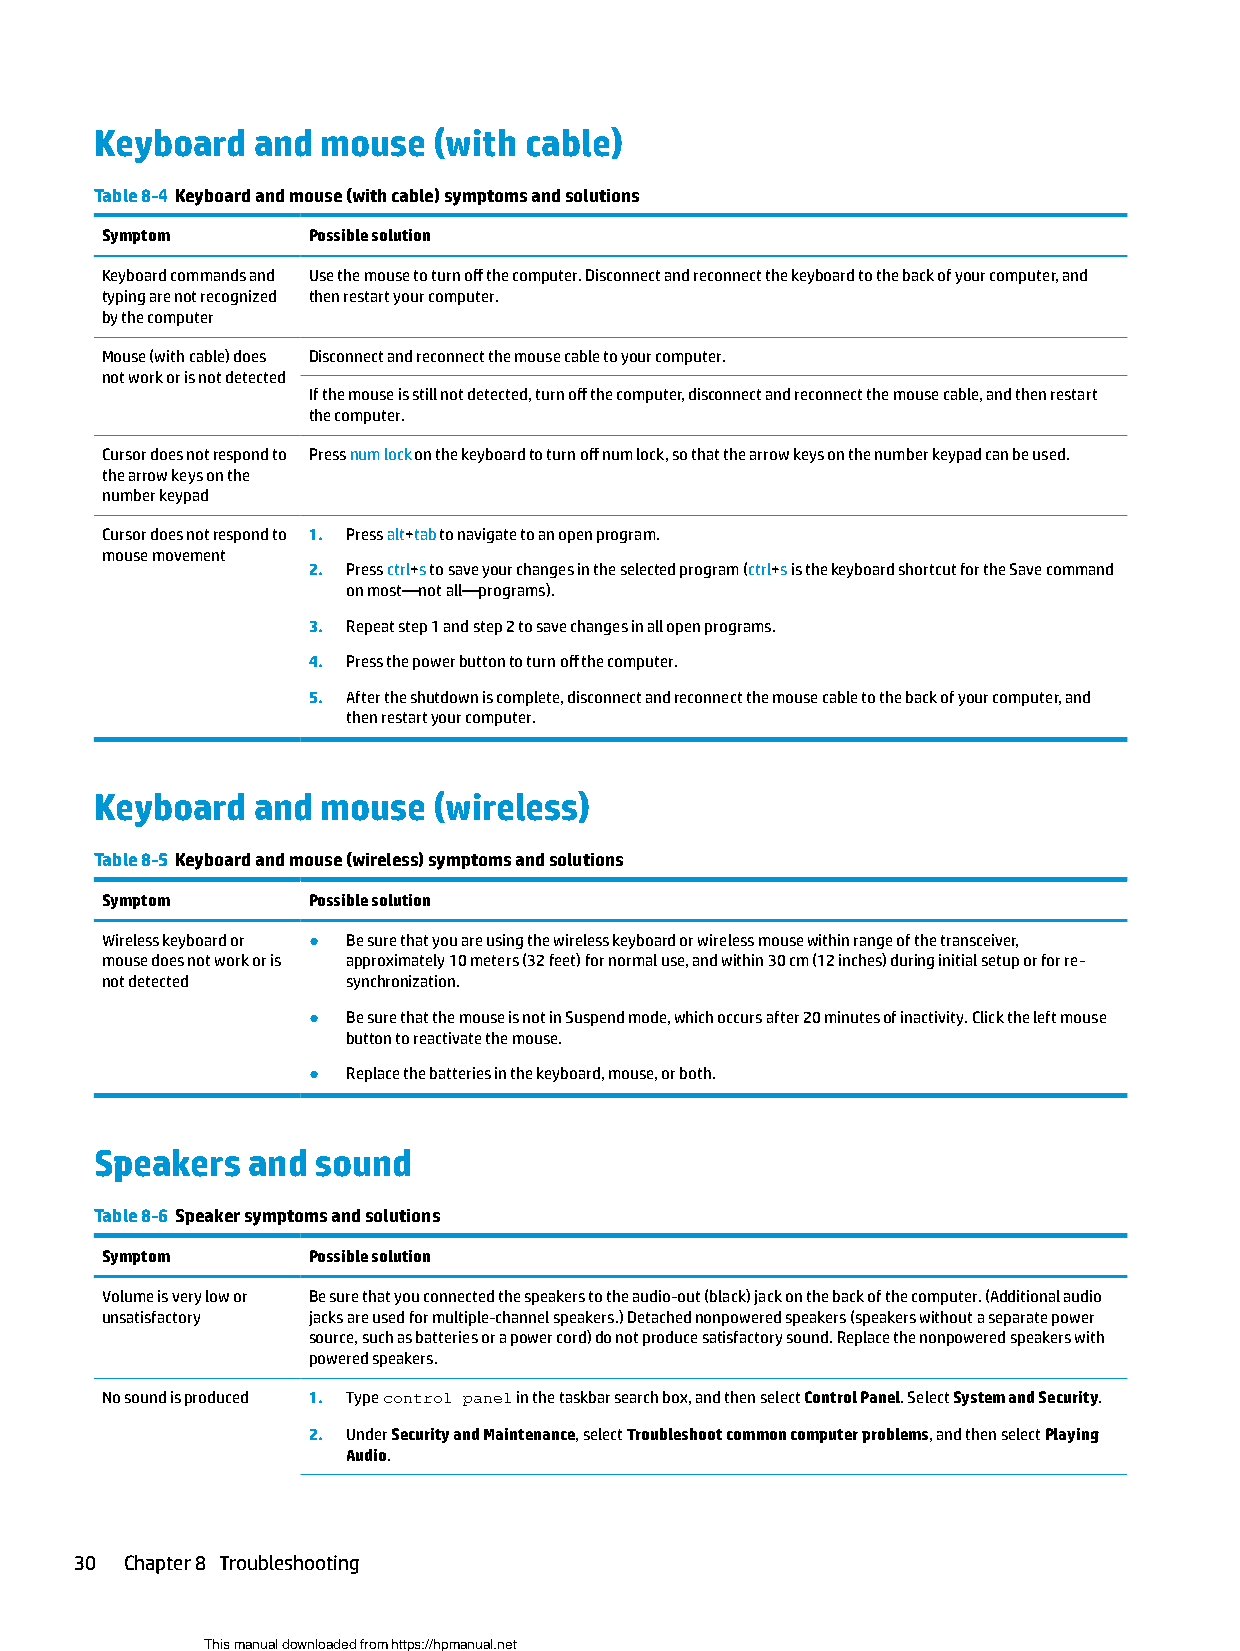
Keyboard   and mouse   (with cable)
 Table 8-4 Keyboard and mouse (with cable) symptoms and solutions
 Symptom      Possible solution
 Keyboard commands and Use the mouse to turn off the computer. Disconnect and reconnect the keyboard to the back of your computer, and
 typing are not recognized then restart your computer.
 by the computer
 Mouse (with cable) does Disconnect and reconnect the mouse cable to your computer.
 not work or is not detected
 If the mouse is still not detected, turn off the computer, disconnect and reconnect the mouse cable, and then restart
 the computer.
 Cursor does not respond to Press num lock on the keyboard to turn off num lock, so that the arrow keys on the number keypad can be used.
 the arrow keys on the
 number keypad
 Cursor does not respond to 1. Press alt+tab to navigate to an open program.
 mouse movement
 2. Press ctrl+s to save your changes in the selected program (ctrl+s is the keyboard shortcut for the Save command
 on most—not all—programs).
 3. Repeat step 1 and step 2 to save changes in all open programs.
 4. Press the power button to turn off the computer.
 5. After the shutdown is complete, disconnect and reconnect the mouse cable to the back of your computer, and
 then restart your computer.
 Keyboard   and mouse   (wireless)
 Table 8-5 Keyboard and mouse (wireless) symptoms and solutions
 Symptom      Possible solution
 Wireless keyboard or ● Be sure that you are using the wireless keyboard or wireless mouse within range of the transceiver,
 mouse does not work or is approximately 10 meters (32 feet) for normal use, and within 30 cm (12 inches) during initial setup or for re-
 not detected    synchronization.
 ●  Be sure that the mouse is not in Suspend mode, which occurs after 20 minutes of inactivity. Click the left mouse
 button to reactivate the mouse.
 ●  Replace the batteries in the keyboard, mouse, or both.
 Speakers  and  sound
 Table 8-6 Speaker symptoms and solutions
 Symptom      Possible solution
 Volume is very low or Be sure that you connected the speakers to the audio-out (black) jack on the back of the computer. (Additional audio
 unsatisfactory jacks are used for multiple-channel speakers.) Detached nonpowered speakers (speakers without a separate power
 source, such as batteries or a power cord) do not produce satisfactory sound. Replace the nonpowered speakers with
 powered speakers.
 No sound is produced 1. Type control panel in the taskbar search box, and then select Control Panel. Select System and Security.
 2. Under Security and Maintenance, select Troubleshoot common computer problems, and then select Playing
 Audio.
 30 Chapter 8 Troubleshooting
 This manual downloaded from https://hpmanual.net